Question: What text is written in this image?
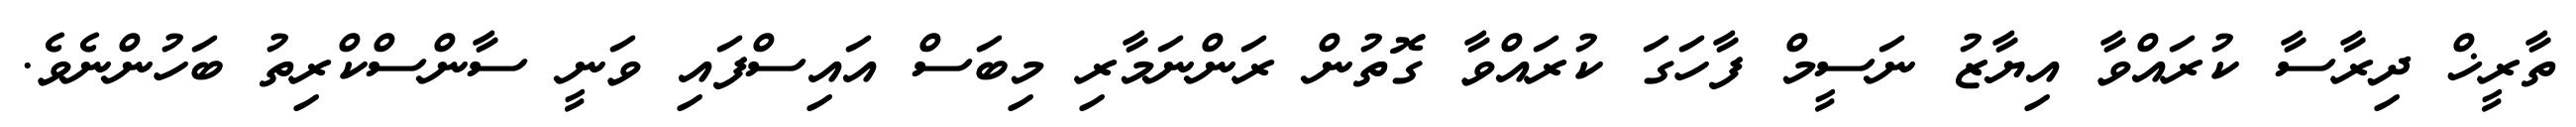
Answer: ތާރީޚް ދިރާސާ ކުރައްވާ އިޔާޒު ނަސީމް ފާހަގަ ކުރައްވާ ގޮތުން ރަންނަމާރި މިބަސް އައިސްފައި ވަނީ ސާންސްކްރިތު ބަހުންނެވެ.